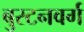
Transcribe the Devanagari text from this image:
बुरटनवर्ग